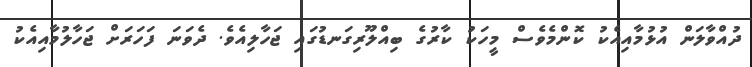
ދުއްވާލަން އުޅުމާއިއެކު ކޮންމެވެސް މީހަކު ކާރުގެ ބިއްލޫރިގަނޑުގައި ޖަހާލިއެވެ. ދެވަނަ ފަހަރަށް ޖަހާލުމާއިއެކު